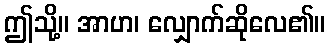
ဤသို့။ အာဟ၊ လျှောက်ဆိုလေ၏။